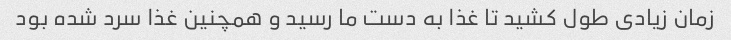
زمان زیادی طول کشید تا غذا به دست ما رسید و همچنین غذا سرد شده بود